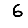
Digit: 6